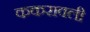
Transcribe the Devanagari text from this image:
ककरावली